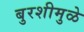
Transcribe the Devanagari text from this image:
बुरशीमुळे